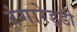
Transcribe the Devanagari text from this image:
रंगारेड्‍डी